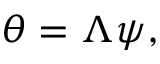
\theta = \Lambda \psi ,